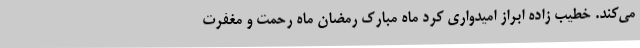
می‌کند. خطیب زاده ابراز امیدواری کرد ماه مبارک رمضان ماه رحمت و مغفرت